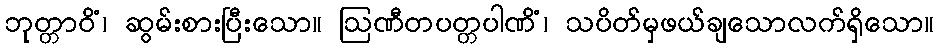
ဘုတ္တာဝိံ၊ ဆွမ်းစားပြီးသော။ ဩဏီတပတ္တပါဏိံ၊ သပိတ်မှဖယ်ချသောလက်ရှိသော။